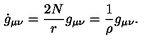
\dot { g } _ { \mu \nu } = { \frac { 2 N } { r } } g _ { \mu \nu } = { \frac { 1 } { \rho } } g _ { \mu \nu } .